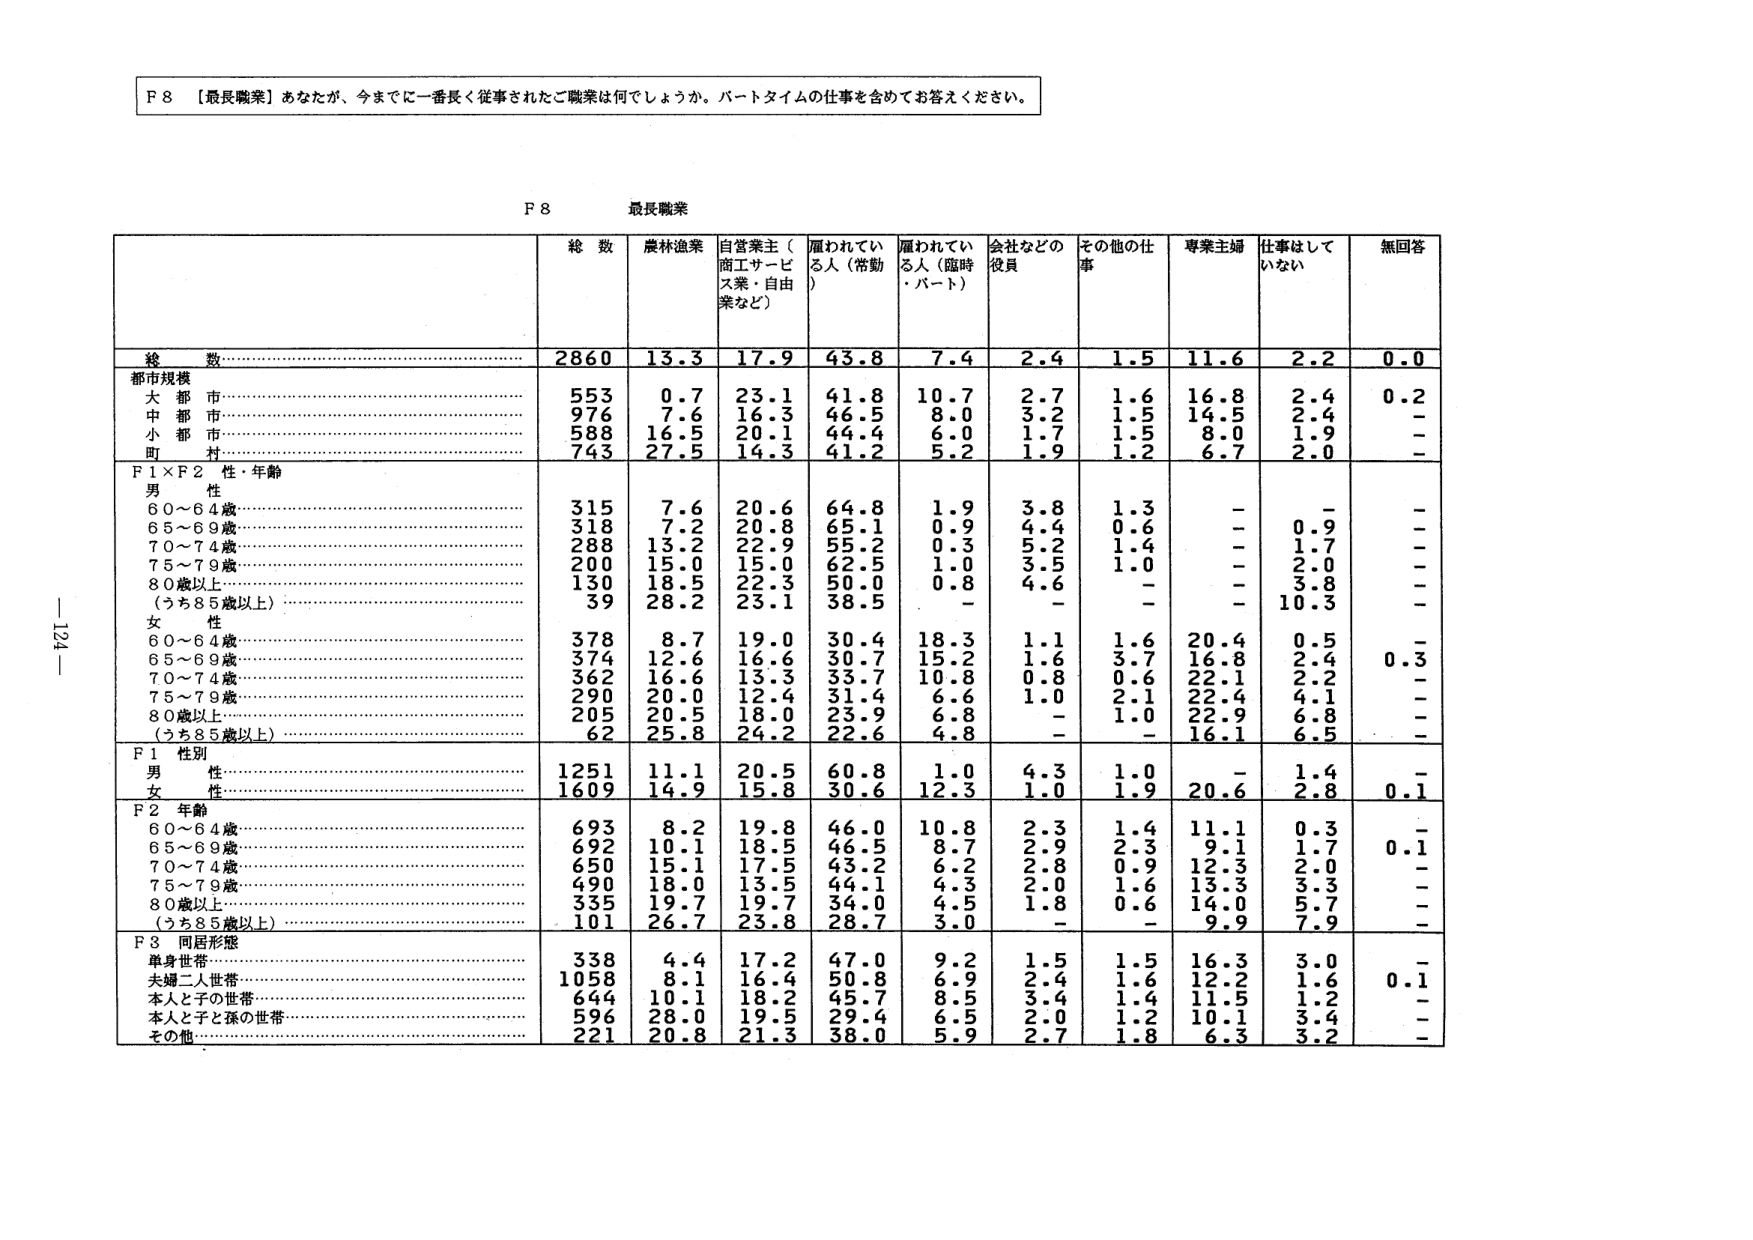
F 8 【最長職業】あなたが、今までに一番長く従事されたご職業は何でしょうか。パートタイムの仕事を含めてお答えください。

F 8 最長職業

総数 農林漁業 自営業主（商工サービス業・自由業など） 雇われている人（常勤） 雇われている人（臨時・パート） 会社などの役員 その他の仕事 専業主婦 仕事はしていない 無回答

総数 2860 13.3 17.9 43.8 7.4 2.4 1.5 11.6 2.2 0.0

都市規模
大都市 553 0.7 23.1 41.8 10.7 2.7 1.6 16.8 2.4 0.2
中都市 976 7.6 16.3 46.5 8.0 3.2 1.5 14.5 2.4 -
小都市 588 16.5 20.1 44.4 6.0 1.7 1.5 8.0 1.9 -
村 743 27.5 14.3 41.2 5.2 1.9 1.2 6.7 2.0 -

F1×F2 性・年齢
男
60～64歳 315 7.6 20.6 64.8 1.9 3.8 1.3 - - -
65～69歳 318 7.2 20.8 65.1 0.9 4.4 0.6 - 0.9 -
70～74歳 288 13.2 22.9 55.2 0.3 5.2 1.4 - 1.7 -
75～79歳 200 15.0 15.0 62.5 1.0 3.5 1.0 - 2.0 -
80歳以上 130 18.5 22.3 50.0 0.8 4.6 - - 3.8 -
（うち85歳以上） 39 28.2 23.1 38.5 - - - - 10.3 -

女
60～64歳 378 8.7 19.0 30.4 18.3 1.1 1.6 20.4 0.5 -
65～69歳 374 12.6 16.6 30.7 15.2 1.6 3.7 16.8 2.4 0.3
70～74歳 362 16.6 13.3 33.7 10.8 0.8 0.6 22.1 2.2 -
75～79歳 290 20.0 12.4 31.4 6.6 1.0 2.1 22.4 4.1 -
80歳以上 205 20.5 18.0 23.9 6.8 - 1.0 22.9 6.8 -
（うち85歳以上） 62 25.8 24.2 22.6 4.8 - - 16.1 6.5 -

F1 性別
男 1251 11.1 20.5 60.8 1.0 4.3 1.0 - 1.4 -
女 1609 14.9 15.8 30.6 12.3 1.0 1.9 20.6 2.8 0.1

F2 年齢
60～64歳 693 8.2 19.8 46.0 10.8 2.3 1.4 11.1 0.3 -
65～69歳 692 10.1 18.5 46.5 8.7 2.9 2.3 9.1 1.7 0.1
70～74歳 650 15.1 17.5 43.2 6.2 2.8 0.9 12.3 2.0 -
75～79歳 490 18.0 13.5 44.1 4.3 2.0 1.6 13.3 3.3 -
80歳以上 335 19.7 19.7 34.0 4.5 1.8 0.6 14.0 5.7 -
（うち85歳以上） 101 26.7 23.8 28.7 3.0 - - 9.9 7.9 -

F3 同居形態
単身世帯 338 4.4 17.2 47.0 9.2 1.5 1.5 16.3 3.0 -
夫婦二人世帯 1058 8.1 16.4 50.8 6.9 2.4 1.6 12.2 1.6 0.1
本人と子の世帯 644 10.1 18.2 45.7 8.5 3.4 1.4 11.5 1.2 -
本人と子と孫の世帯 596 28.0 19.5 29.4 6.5 2.0 1.2 10.1 3.4 -
その他 221 20.8 21.3 38.0 5.9 2.7 1.8 6.3 3.2 -